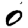
Digit: 0